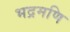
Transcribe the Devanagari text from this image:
भद्रमणि